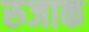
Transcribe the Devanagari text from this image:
रुजाक